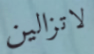
لاتزالين